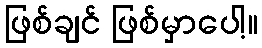
ဖြစ်ချင် ဖြစ်မှာပေါ့။